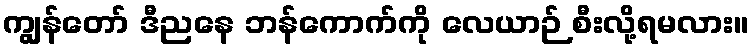
ကျွန်တော် ဒီညနေ ဘန်ကောက်ကို လေယာဉ် စီးလို့ရမလား။